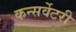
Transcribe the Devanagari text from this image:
कन्सर्वेटरी